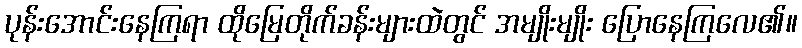
ပုန်းအောင်းနေကြရာ ထိုမြေတိုက်ခန်းများထဲတွင် အမျိုးမျိုး ပြောနေကြလေ၏။